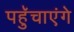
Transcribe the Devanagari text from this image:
पहुॅचाएंगे